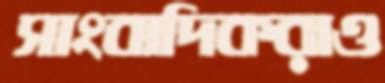
সাংবাদিকরাও